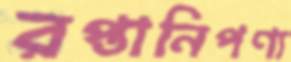
রপ্তানিপণ্য